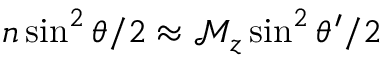
n \sin ^ { 2 } \theta / 2 \approx \mathcal { M } _ { z } \sin ^ { 2 } \theta ^ { \prime } / 2